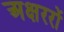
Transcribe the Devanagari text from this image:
अक्षररों